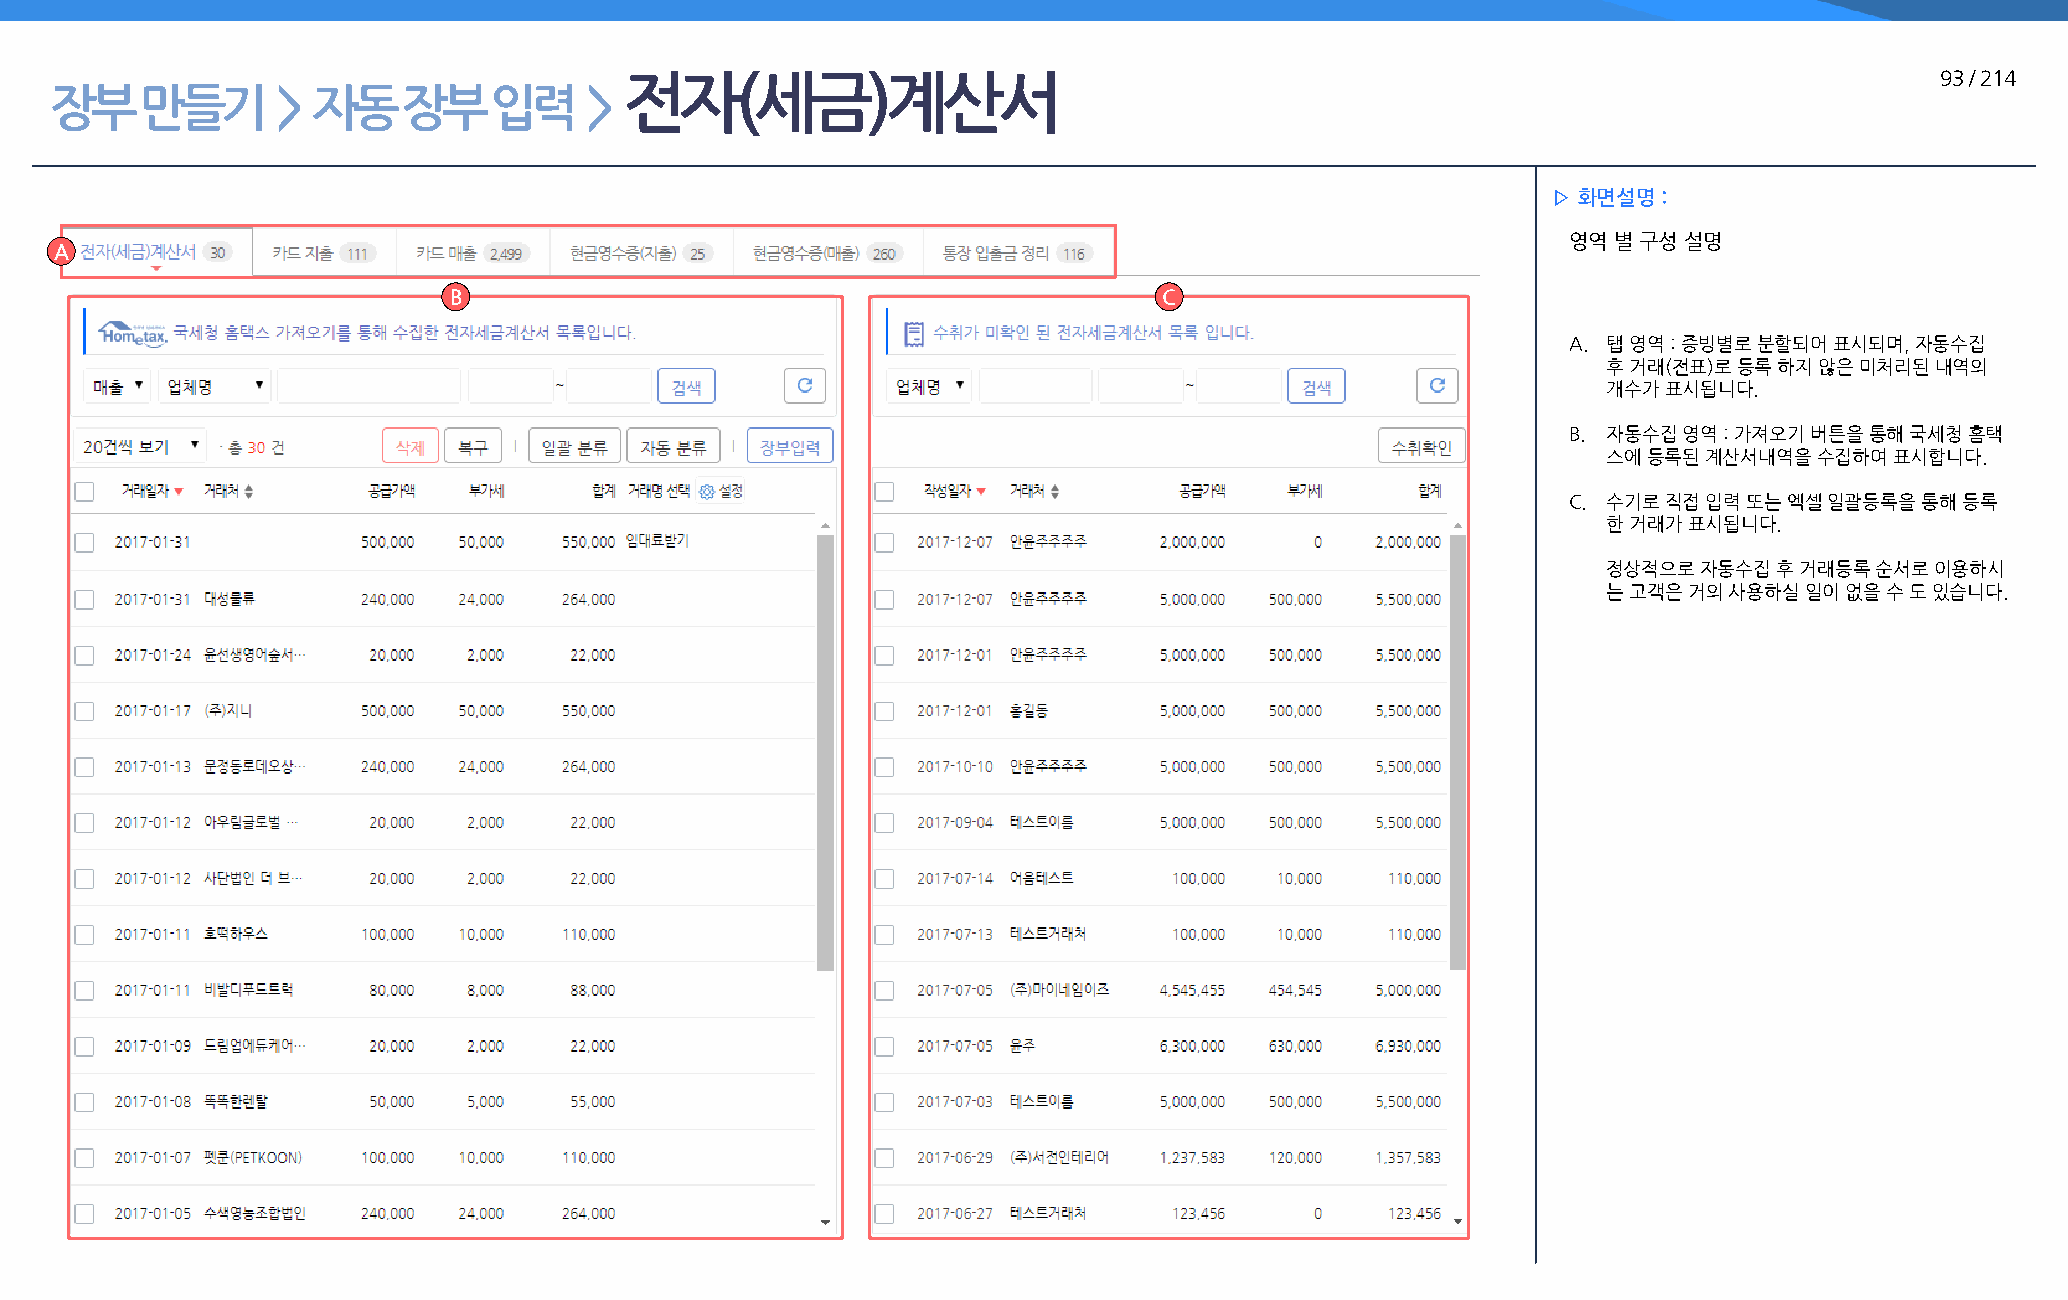
전자(세금)계산서                                                                              93 / 214
 장부    만들기      >  자동    장부   입력     >
 ▷ 화면설명 :
 영역 별 구성 설명
 A
 B                                              C
 A. 탭 영역 : 증빙별로 분할되어 표시되며, 자동수집
 후 거래(전표)로 등록 하지 않은 미처리된 내역의
 개수가 표시됩니다.
 B. 자동수집 영역 : 가져오기 버튼을 통해 국세청 홈택
 스에 등록된 계산서내역을 수집하여 표시합니다.
 C. 수기로 직접 입력 또는 엑셀 일괄등록을 통해 등록
 한 거래가 표시됩니다.
 정상적으로  자동수집 후 거래등록 순서로 이용하시
 는 고객은 거의 사용하실 일이 없을 수 도 있습니다.